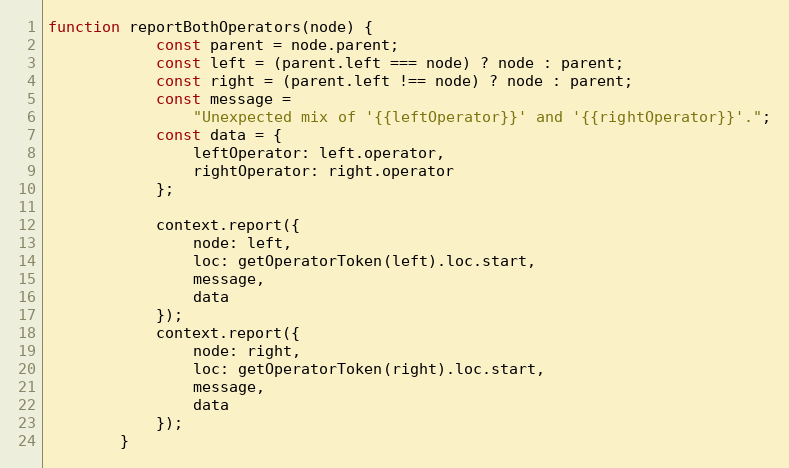
Language: JavaScript
function reportBothOperators(node) {
            const parent = node.parent;
            const left = (parent.left === node) ? node : parent;
            const right = (parent.left !== node) ? node : parent;
            const message =
                "Unexpected mix of '{{leftOperator}}' and '{{rightOperator}}'.";
            const data = {
                leftOperator: left.operator,
                rightOperator: right.operator
            };

            context.report({
                node: left,
                loc: getOperatorToken(left).loc.start,
                message,
                data
            });
            context.report({
                node: right,
                loc: getOperatorToken(right).loc.start,
                message,
                data
            });
        }